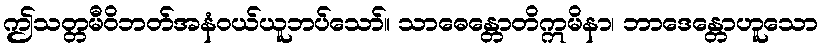
ဤသတ္တမီဝိဘတ်အနံဝယ်ယူဘပ်သော်။ သာဓေန္တောတိဣမိနာ၊ ဘာဒေန္တောဟူသော